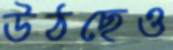
উঠছেও